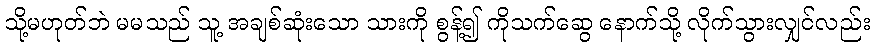
သို့မဟုတ်ဘဲ မမသည် သူ့ အချစ်ဆုံးသော သားကို စွန့်၍ ကိုသက်ဆွေ နောက်သို့ လိုက်သွားလျှင်လည်း